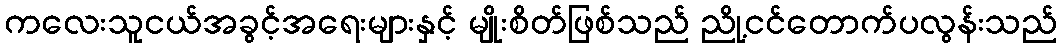
ကလေးသူငယ်အခွင့်အရေးများနှင့် မျိုးစိတ်ဖြစ်သည် ညို့ငင်တောက်ပလွန်းသည်